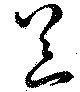
噐